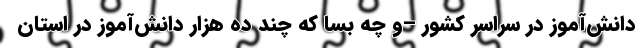
دانش‌آموز در سراسر کشور –و چه بسا که چند ده هزار دانش‌آموز در استان